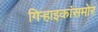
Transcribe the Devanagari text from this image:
गिऱ्हाइकांसमोर